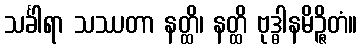
သင်္ခါရာ သဿတာ နတ္ထိ၊ နတ္ထိ ဗုဒ္ဓါနမိဉ္ဇိတံ။